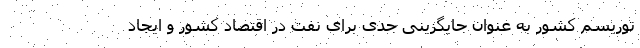
توریسم کشور به عنوان جایگزینی جدی برای نفت در اقتصاد کشور و ایجاد